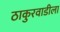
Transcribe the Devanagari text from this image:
ठाकुरवाडीला